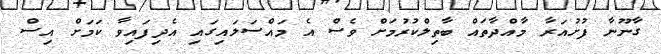
ގާނޫނާ ފުށުއަރާ މާއްދާތައް ބާތިލްކުރުމަށް ވެސް އެ މައްސަލައިގައި އެދިފައިވާ ކަމަށް އިސް